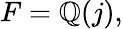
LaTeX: F=\mathbb{Q}(j),